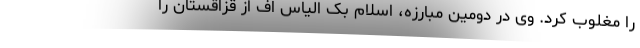
را مغلوب کرد. وی در دومین مبارزه، اسلام بک الیاس اف از قزاقستان را